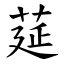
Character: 莚